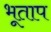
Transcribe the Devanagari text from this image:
भूताप